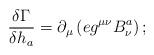
LaTeX: \begin{align*}\;{\displaystyle{\frac{\delta \Gamma }{\delta h_a}}}=\partial _\mu \left(eg^{\mu \nu }B_\nu ^a\right) ; \end{align*}